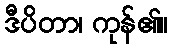
ဒီပိတာ၊ ကုန်၏။